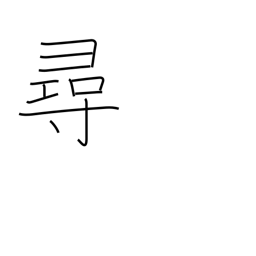
Meaning: look for